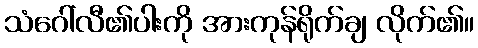
သံဂေါ်လီ၏ပါးကို အားကုန်ရိုက်ချ လိုက်၏။